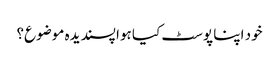
خود اپنا پوسٹ کیا ہوا پسندیدہ موضوع؟